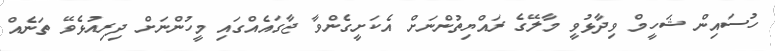
ހުސައިން ޝަހީމް ވިދާޅުވީ މާލޭގެ ރައްޔިތުންނަށް އެކަށީގެންވާ ޖާގައެއްގައި މީހުންނަށް ދިރިއުޅެވޭ ތަނެއް